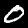
Digit: 0